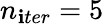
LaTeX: n_{\mathbf{i}ter}=5